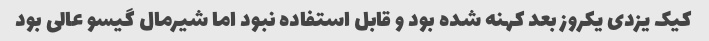
کیک یزدی یکروز بعد کهنه شده بود و قابل استفاده نبود اما شیرمال گیسو عالی بود